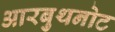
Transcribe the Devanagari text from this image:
आरबुथनोट